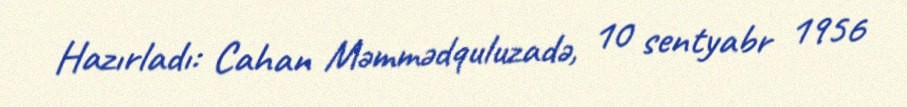
Hazırladı: Cahan Məmmədquluzadə, 10 sentyabr 1956